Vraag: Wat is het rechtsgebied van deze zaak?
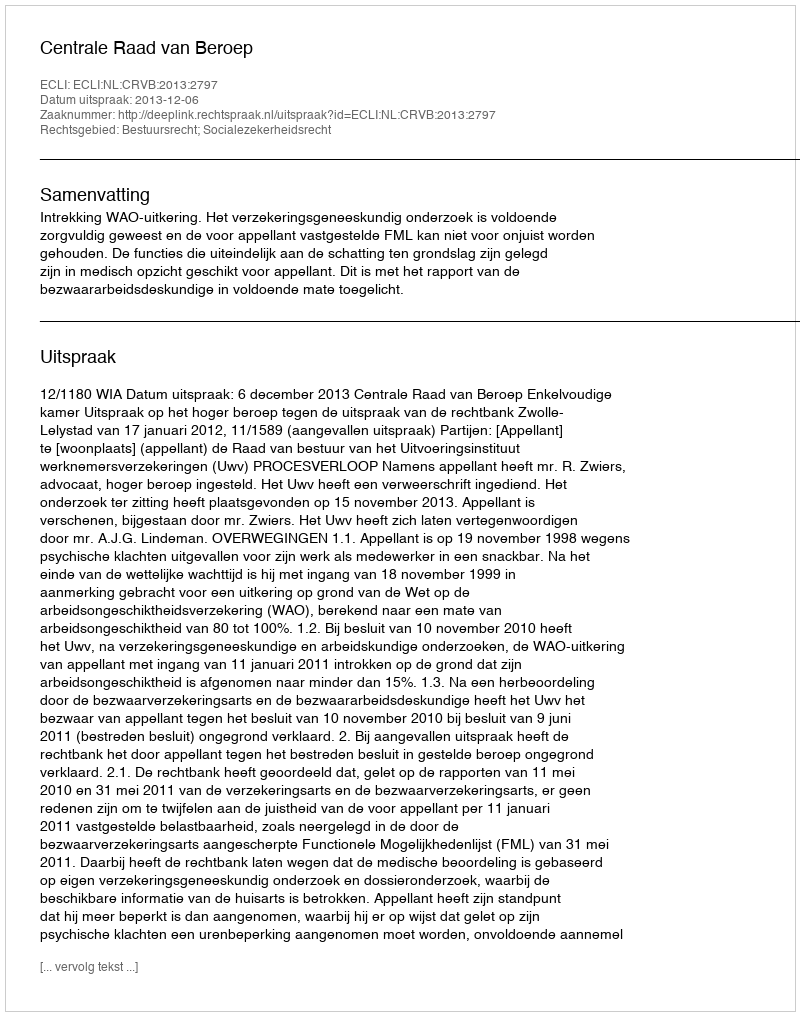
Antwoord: Bestuursrecht; Socialezekerheidsrecht